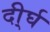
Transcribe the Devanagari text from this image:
दी्र्घ